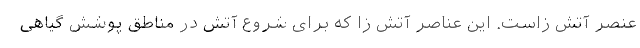
عنصر آتش زاست. این عناصر آتش زا که برای شروع آتش در مناطق پوشش گیاهی